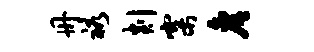
册裕剡寨詹